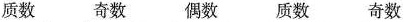
质数 奇数 偶数 质数 奇数